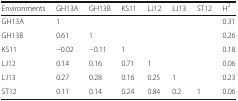
| Environments | GH13A | GH13B | KS11 | LJ12 | LJ13 | ST12 | H2 |
 | --- | --- | --- | --- | --- | --- | --- | --- |
 | GH13A | 1 |  |  |  |  |  | 0.31 |
 | GH13B | 0.61 | 1 |  |  |  |  | 0.26 |
 | KS11 | −0.02 | −0.11 | 1 |  |  |  | 0.18 |
 | LJ12 | 0.14 | 0.16 | 0.71 | 1 |  |  | 0.06 |
 | LJ13 | 0.27 | 0.28 | 0.16 | 0.25 | 1 |  | 0.23 |
 | ST12 | 0.11 | 0.14 | 0.24 | 0.84 | 0.2 | 1 | 0.06 |